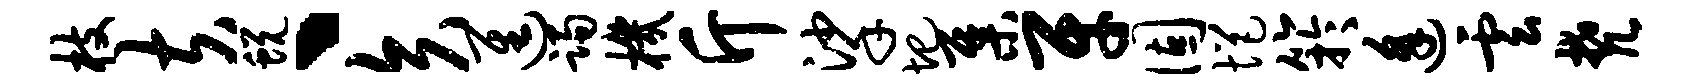
枝夫蜕丶矢进躅机斤挲圯集牙固悒竽逢云梵